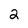
Character: 2